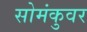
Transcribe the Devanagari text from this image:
सोमंकुवर